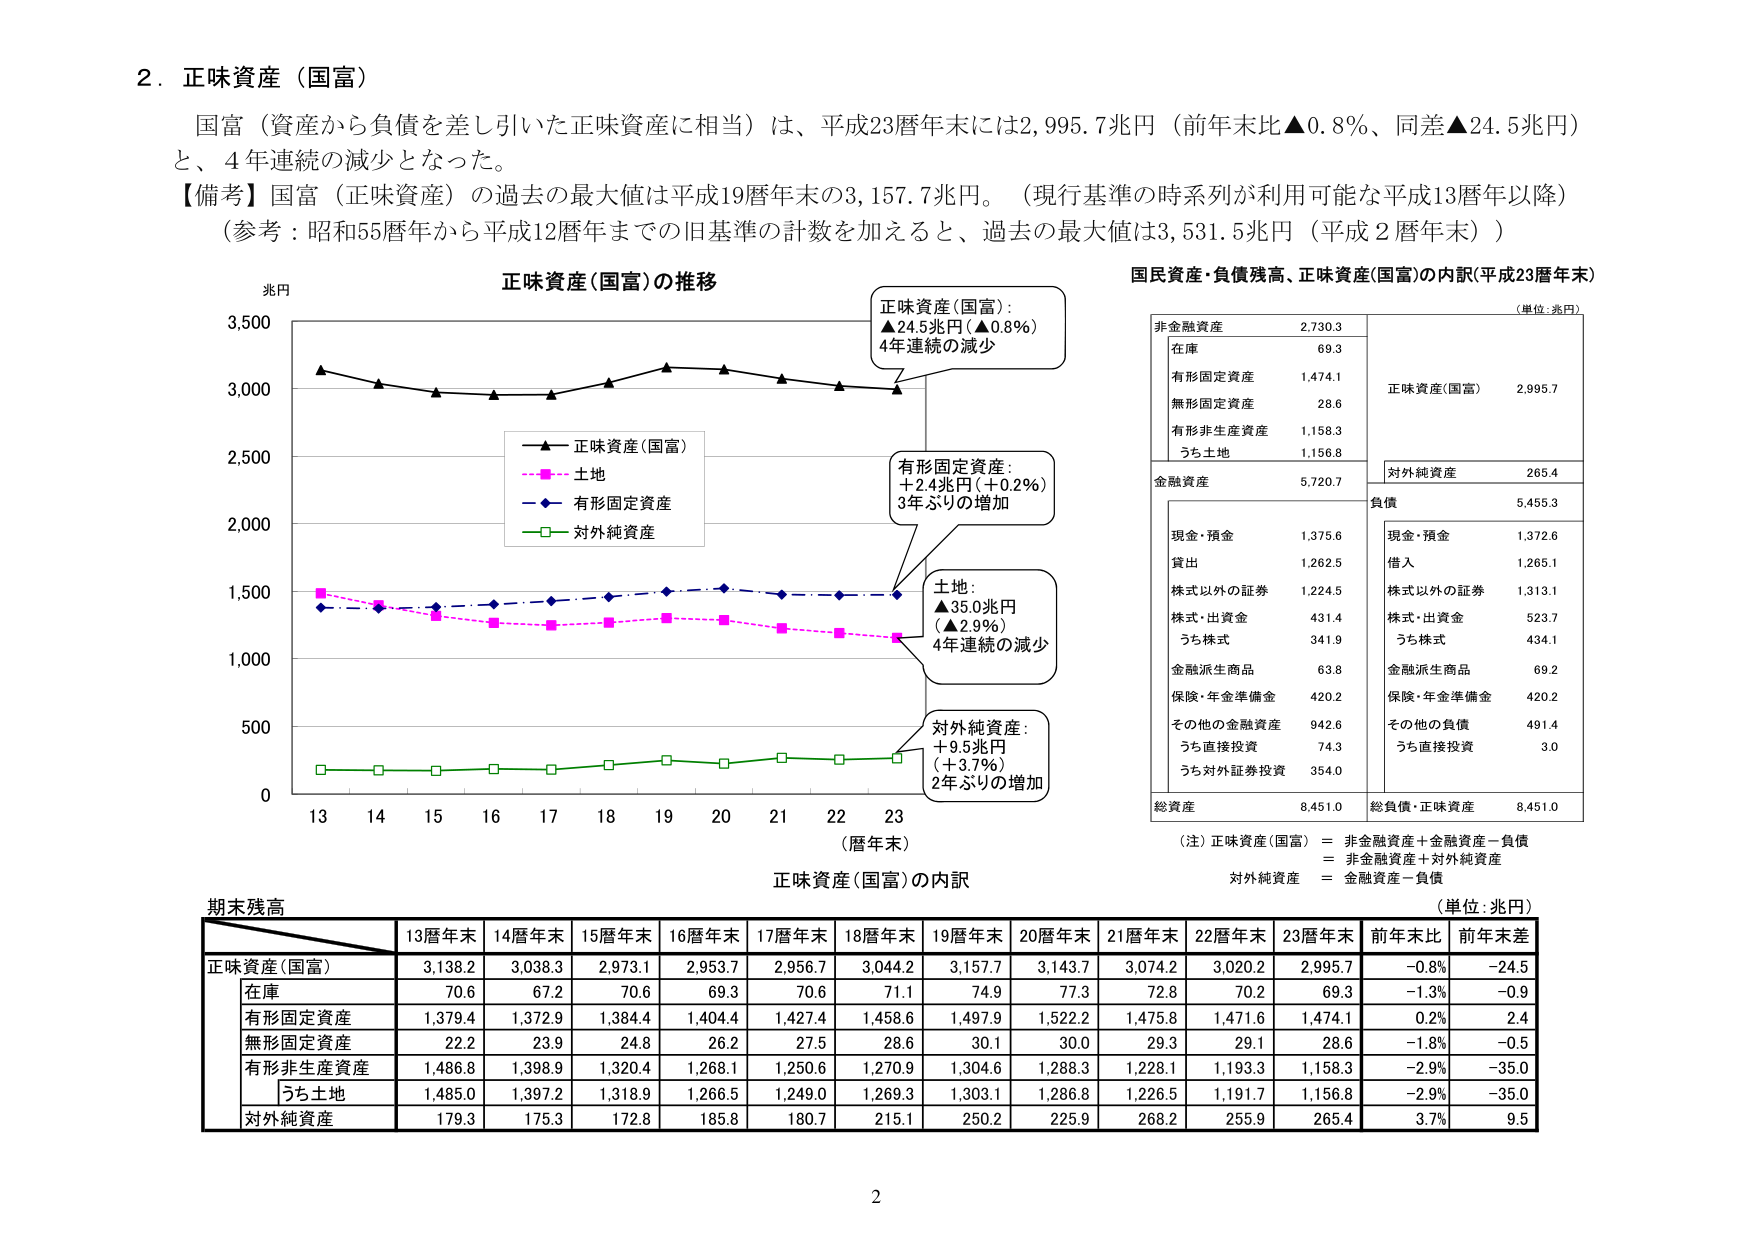
2．正味資産（国富）

国富（資産から負債を差し引いた正味資産に相当）は、平成23暦年末には2,995.7兆円（前年末比▲0.8％、同差▲24.5兆円）と、4年連続の減少となった。

【備考】国富（正味資産）の過去の最大値は平成19暦年末の3,157.7兆円。（現行基準の時系列が利用可能な平成13暦年以降）（参考：昭和55暦年から平成12暦年までの旧基準の計数を加えると、過去の最大値は3,531.5兆円（平成2暦年末））

兆円
正味資産(国富)の推移
（暦年末）

正味資産(国富)：
▲24.5兆円（▲0.8％）
4年連続の減少

有形固定資産：
＋2.4兆円（＋0.2％）
3年ぶりの増加

土地：
▲35.0兆円
（▲2.9％）
4年連続の減少

対外純資産：
＋9.5兆円
（＋3.7％）
2年ぶりの増加

■ 正味資産(国富)
■■ 土地
■■ 有形固定資産
■■ 対外純資産

13 14 15 16 17 18 19 20 21 22 23

国民資産・負債残高、正味資産(国富)の内訳(平成23暦年末)
（単位：兆円）

非金融資産 2,730.3
在庫 69.3
有形固定資産 1,474.1
無形固定資産 28.6
有形非生産資産 1,158.3
うち土地 1,156.8

正味資産(国富) 2,995.7

対外純資産 265.4

金融資産 5,720.7

負債 5,455.3

現金・預金 1,375.6
貸出 1,262.5
株式以外の証券 1,224.5
株式・出資金 431.4
うち株式 341.9
金融派生商品 63.8
保険・年金準備金 420.2
その他の金融資産 942.6
うち直接投資 74.3
うち対外証券投資 354.0

現金・預金 1,372.6
借入 1,265.1
株式以外の証券 1,313.1
株式・出資金 523.7
うち株式 434.1
金融派生商品 69.2
保険・年金準備金 420.2
その他の負債 491.4
うち直接投資 3.0

総資産 8,451.0 総負債・正味資産 8,451.0

（注）正味資産(国富) ＝ 非金融資産＋金融資産－負債
＝ 非金融資産＋対外純資産
対外純資産 ＝ 金融資産－負債

正味資産(国富)の内訳
（単位：兆円）

期末残高

13暦年末 14暦年末 15暦年末 16暦年末 17暦年末 18暦年末 19暦年末 20暦年末 21暦年末 22暦年末 23暦年末 前年末比 前年末差

正味資産(国富) 3,138.2 3,038.3 2,973.1 2,953.7 2,956.7 3,044.2 3,157.7 3,143.7 3,074.2 3,020.2 2,995.7 -0.8% -24.5

在庫 70.6 67.2 70.6 69.3 70.6 71.1 74.9 77.3 72.8 70.2 69.3 -1.3% -0.9

有形固定資産 1,379.4 1,372.9 1,384.4 1,404.4 1,427.4 1,458.6 1,497.9 1,522.2 1,475.8 1,471.6 1,474.1 0.2% 2.4

無形固定資産 22.2 23.9 24.8 26.2 27.5 28.6 30.1 30.0 29.3 29.1 28.6 -1.8% -0.5

有形非生産資産 1,486.8 1,398.9 1,320.4 1,268.1 1,250.6 1,270.9 1,304.6 1,288.3 1,228.1 1,193.3 1,158.3 -2.9% -35.0

うち土地 1,485.0 1,397.2 1,318.9 1,266.5 1,249.0 1,269.3 1,303.1 1,286.8 1,226.5 1,191.7 1,156.8 -2.9% -35.0

対外純資産 179.3 175.3 172.8 185.8 180.7 215.1 250.2 225.9 268.2 255.9 265.4 3.7% 9.5

2